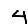
Digit: 4